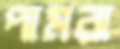
পামরা